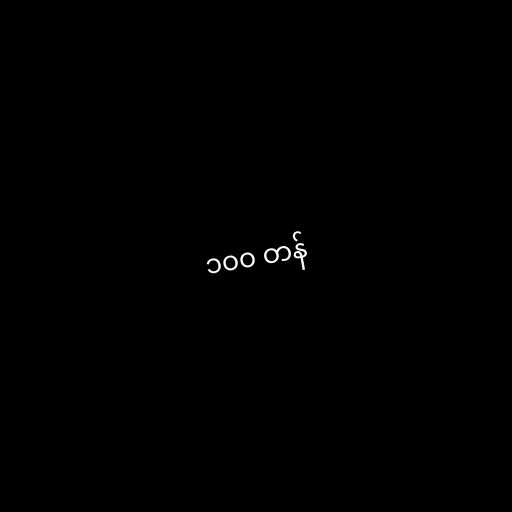
၁၀၀ တန်